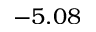
- 5 . 0 8